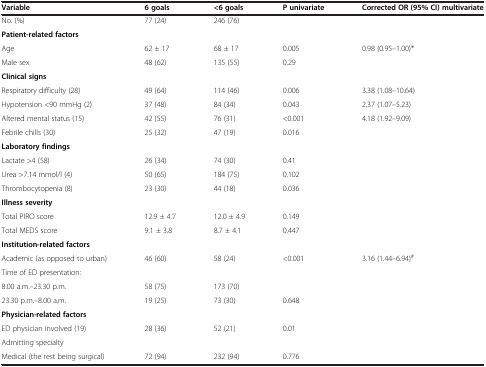
| Variable | 6 goals | <6 goals | P univariate | Corrected OR (95% CI) multivariate |
 | --- | --- | --- | --- | --- |
 | No. (%) | 77 (24) | 246 (76) |  |  |
 | Patient-related factors |  |  |  |  |
 | Age | 62 ± 17 | 68 ± 17 | 0.005 | 0.98 (0.95–1.00)* |
 | Male sex | 48 (62) | 135 (55) | 0.29 |  |
 | Clinical signs |  |  |  |  |
 | Respiratory difficulty (28) | 49 (64) | 114 (46) | 0.006 | 3.38 (1.08–10.64) |
 | Hypotension <90 mmHg (2) | 37 (48) | 84 (34) | 0.043 | 2.37 (1.07–5.23) |
 | Altered mental status (15) | 42 (55) | 76 (31) | <0.001 | 4.18 (1.92–9.09) |
 | Febrile chills (30) | 25 (32) | 47 (19) | 0.016 |  |
 | Laboratory findings |  |  |  |  |
 | Lactate >4 (58) | 26 (34) | 74 (30) | 0.41 |  |
 | Urea >7.14 mmol/l (4) | 50 (65) | 184 (75) | 0.102 |  |
 | Thrombocytopenia (8) | 23 (30) | 44 (18) | 0.036 |  |
 | Illness severity |  |  |  |  |
 | Total PIRO score | 12.9 ± 4.7 | 12.0 ± 4.9 | 0.149 |  |
 | Total MEDS score | 9.1 ± 3.8 | 8.7 ± 4.1 | 0.447 |  |
 | Institution-related factors |  |  |  |  |
 | Academic (as opposed to urban) | 46 (60) | 58 (24) | <0.001 | 3.16 (1.44–6.94)# |
 | Time of ED presentation: |  |  |  |  |
 | 8.00 a.m.–23.30 p.m. | 58 (75) | 173 (70) |  |  |
 | 23.30 p.m.–8.00 a.m. | 19 (25) | 73 (30) | 0.648 |  |
 | Physician-related factors |  |  |  |  |
 | ED physician involved (19) | 28 (36) | 52 (21) | 0.01 |  |
 | Admitting specialty |  |  |  |  |
 | Medical (the rest being surgical) | 72 (94) | 232 (94) | 0.776 |  |